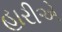
હારીએ